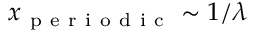
x _ { \mathrm { ~ p ~ e ~ r ~ i ~ o ~ d ~ i ~ c ~ } } \sim 1 / \lambda